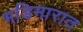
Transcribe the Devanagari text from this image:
भडिमारात